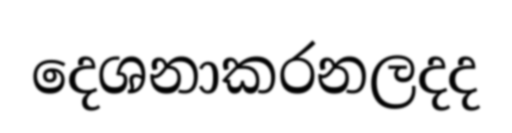
දෙශනාකරනලදද